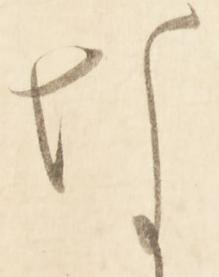
な